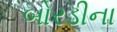
બોરડીના